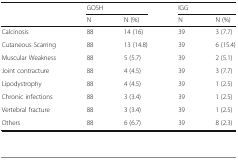
| <ROWSPAN=2>  | <COLSPAN=2> GOSH | <COLSPAN=2> IGG |
 | N | N (%) | N | N (%) |
 | --- | --- | --- | --- | --- |
 | Calcinosis | 88 | 14 (16) | 39 | 3 (7.7) |
 | Cutaneous Scarring | 88 | 13 (14.8) | 39 | 6 (15.4) |
 | Muscular Weakness | 88 | 5 (5.7) | 39 | 2 (5.1) |
 | Joint contracture | 88 | 4 (4.5) | 39 | 3 (7.7) |
 | Lipodystrophy | 88 | 4 (4.5) | 39 | 1 (2.5) |
 | Chronic infections | 88 | 3 (3.4) | 39 | 1 (2.5) |
 | Vertebral fracture | 88 | 3 (3.4) | 39 | 1 (2.5) |
 | Others | 88 | 6 (6.7) | 39 | 8 (2.3) |